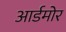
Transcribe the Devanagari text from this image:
आर्डमोर